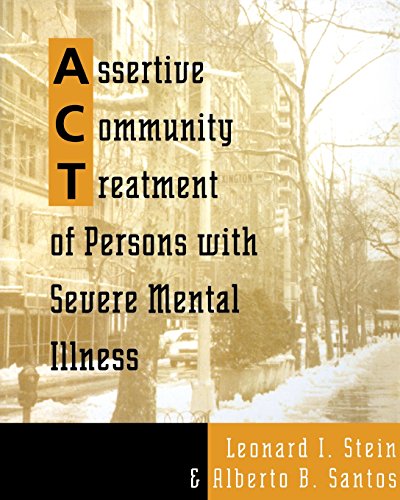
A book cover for Assertive Community Treatment of Persons With Severe Mental Illness (Norton Professional Books); Alberto B. Santos; Health, Fitness & Dieting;